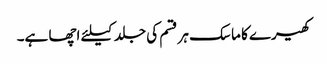
کھیرے کا ماسک ہر قسم کی جلد کیلئے اچھا ہے۔